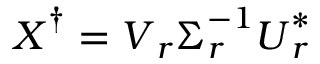
\boldsymbol { X } ^ { \dag } = \boldsymbol { V } _ { r } \boldsymbol { \Sigma } _ { r } ^ { - 1 } \boldsymbol { U } _ { r } ^ { * }